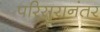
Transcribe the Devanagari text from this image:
परिसरानंतर